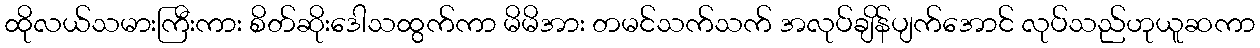
ထိုလယ်သမားကြီးကား စိတ်ဆိုးဒေါသထွက်ကာ မိမိအား တမင်သက်သက် အလုပ်ချိန်ပျက်အောင် လုပ်သည်ဟုယူဆကာ